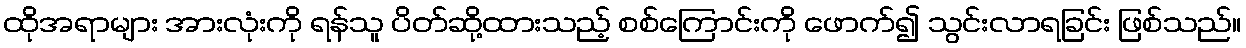
ထိုအရာများ အားလုံးကို ရန်သူ ပိတ်ဆို့ထားသည့် စစ်ကြောင်းကို ဖောက်၍ သွင်းလာရခြင်း ဖြစ်သည်။